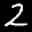
Digit: 2